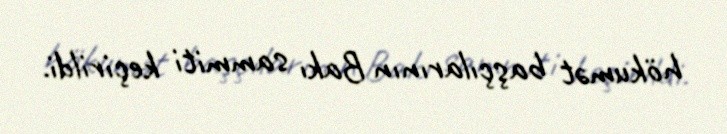
hökumət başçılarının Bakı sammiti keçirildi.